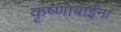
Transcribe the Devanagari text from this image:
कृष्णाबाईंना